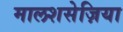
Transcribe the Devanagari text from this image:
मालशसेज़िया